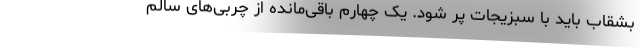
بشقاب باید با سبزیجات پر شود. یک چهارم باقی‌مانده از چربی‌های سالم